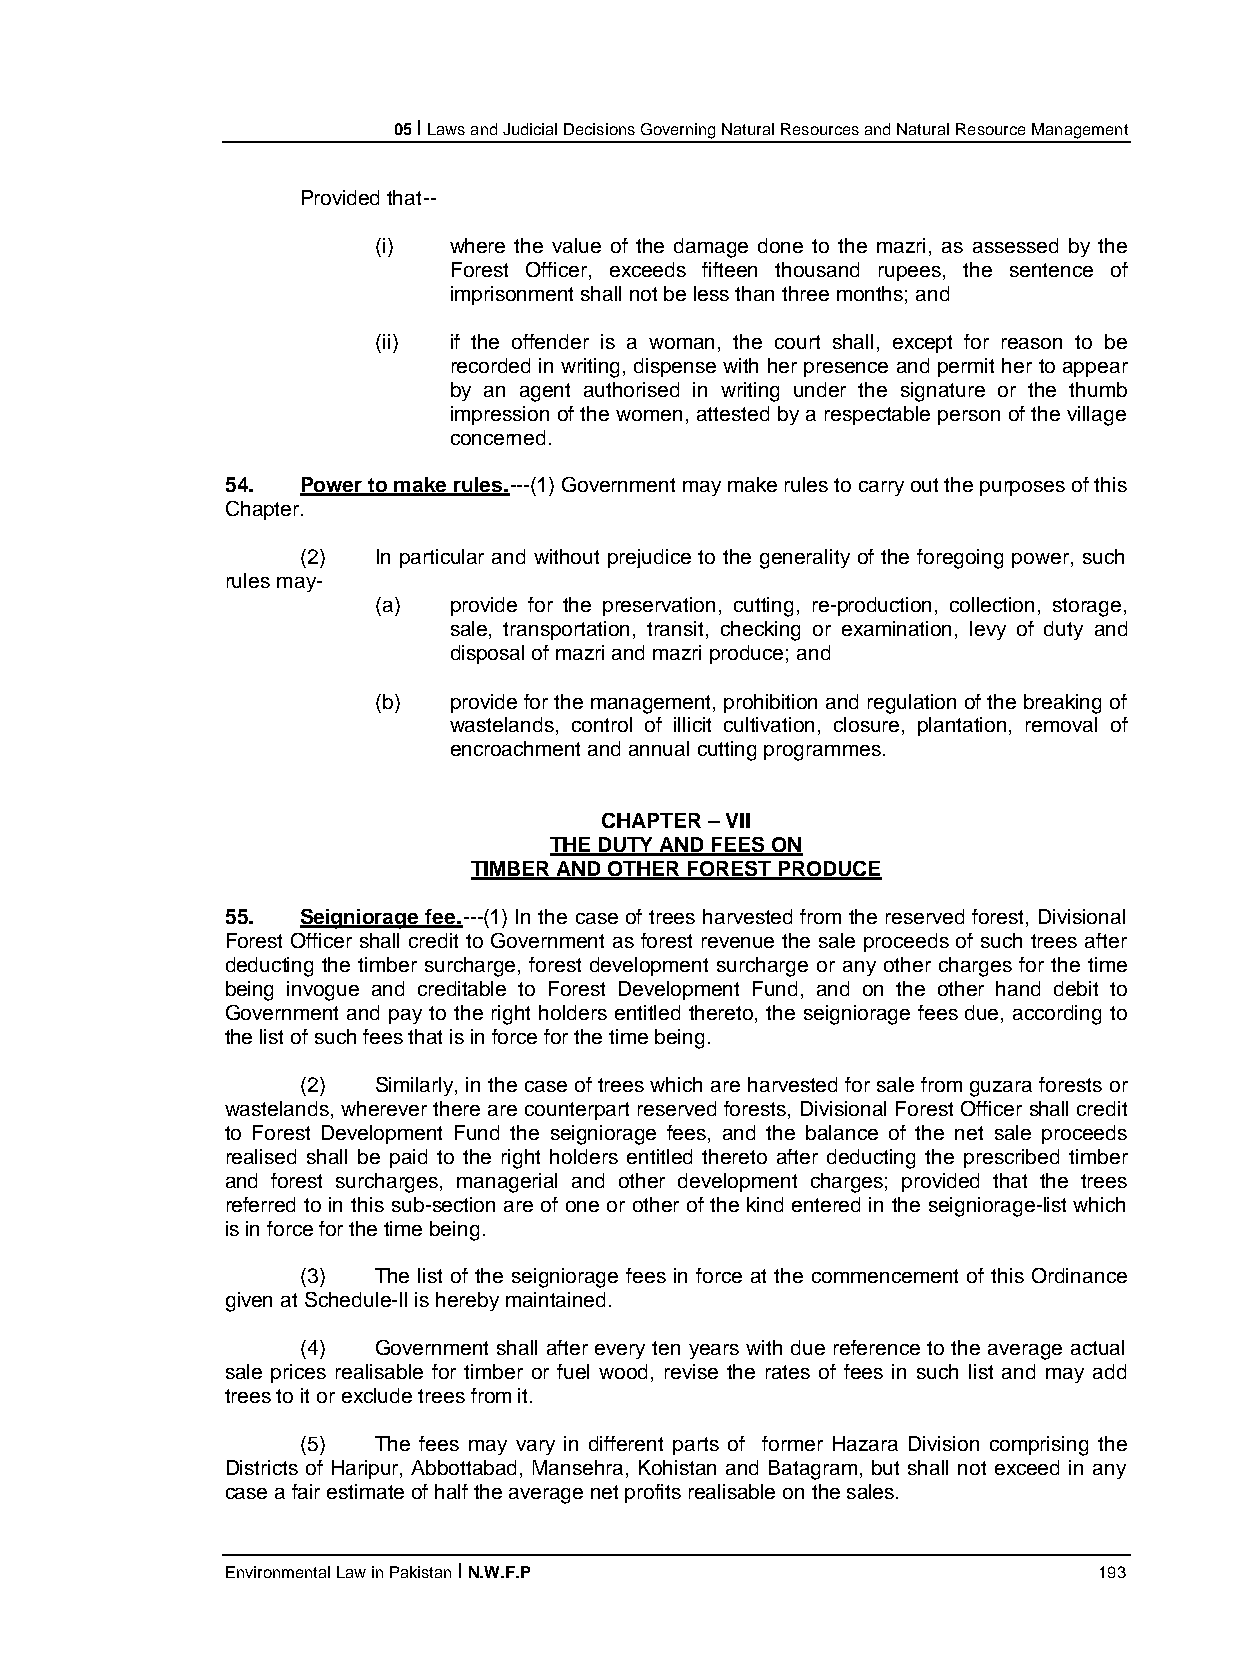
05 I Laws and Judicial Decisions Governing Natural Resources and Natural Resource Management
 Provided that--
 (i)  where the value of the damage done to the mazri, as assessed by the
 Forest Officer, exceeds fifteen thousand rupees, the sentence of
 imprisonment shall not be less than three months; and
 (ii) if the offender is a woman, the court shall, except for reason to be
 recorded in writing, dispense with her presence and permit her to appear
 by an agent authorised in writing under the signature or the thumb
 impression of the women, attested by a respectable person of the village
 concerned.
 54.  Power to make rules.---(1) Government may make rules to carry out the purposes of this
 Chapter.
 (2)  In particular and without prejudice to the generality of the foregoing power, such
 rules may-
 (a)  provide for the preservation, cutting, re-production, collection, storage,
 sale, transportation, transit, checking or examination, levy of duty and
 disposal of mazri and mazri produce; and
 (b)  provide for the management, prohibition and regulation of the breaking of
 wastelands, control of illicit cultivation, closure, plantation, removal of
 encroachment and annual cutting programmes.
 CHAPTER – VII
 THE DUTY AND FEES ON
 TIMBER AND OTHER FOREST PRODUCE
 55.  Seigniorage fee.---(1) In the case of trees harvested from the reserved forest, Divisional
 Forest Officer shall credit to Government as forest revenue the sale proceeds of such trees after
 deducting the timber surcharge, forest development surcharge or any other charges for the time
 being invogue and creditable to Forest Development Fund, and on the other hand debit to
 Government and pay to the right holders entitled thereto, the seigniorage fees due, according to
 the list of such fees that is in force for the time being.
 (2)  Similarly, in the case of trees which are harvested for sale from guzara forests or
 wastelands, wherever there are counterpart reserved forests, Divisional Forest Officer shall credit
 to Forest Development Fund the seigniorage fees, and the balance of the net sale proceeds
 realised shall be paid to the right holders entitled thereto after deducting the prescribed timber
 and forest surcharges, managerial and other development charges; provided that the trees
 referred to in this sub-section are of one or other of the kind entered in the seigniorage-list which
 is in force for the time being.
 (3)  The list of the seigniorage fees in force at the commencement of this Ordinance
 given at Schedule-II is hereby maintained.
 (4)  Government shall after every ten years with due reference to the average actual
 sale prices realisable for timber or fuel wood, revise the rates of fees in such list and may add
 trees to it or exclude trees from it.
 (5)  The fees may vary in different parts of former Hazara Division comprising the
 Districts of Haripur, Abbottabad, Mansehra, Kohistan and Batagram, but shall not exceed in any
 case a fair estimate of half the average net profits realisable on the sales.
 Environmental Law in Pakistan I N.W.F.P                   193